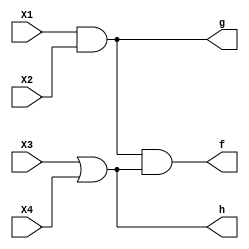
module Lab2_1(X1, X2, X3, X4,g,f,h);
input X1, X2, X3, X4;
output g,f,h;
//
assign g=((X1&X2)|(X1&X2));
assign h=((X3|X4)&(X3|X4));
assign f=g&h;

endmodule